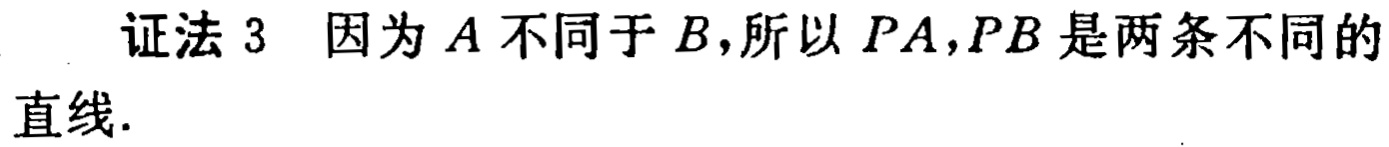
证法 3 因为 \(A\) 不同于 \(B\)，所以 \(PA,PB\) 是两条不同的直线.